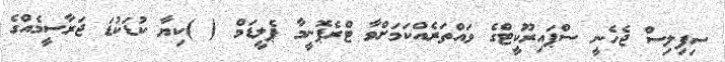
ސިފިލިސް ޖެހެނީ ސްޕައިރޫކީޓްގެ ވައްތަރެއްކަމަށްވާ ޓްރެޕޮނީމާ ޕެލީޑަމް ( )ކިޔާ ކުޑަކުޑަ ޖަރާސީމެއްގެ